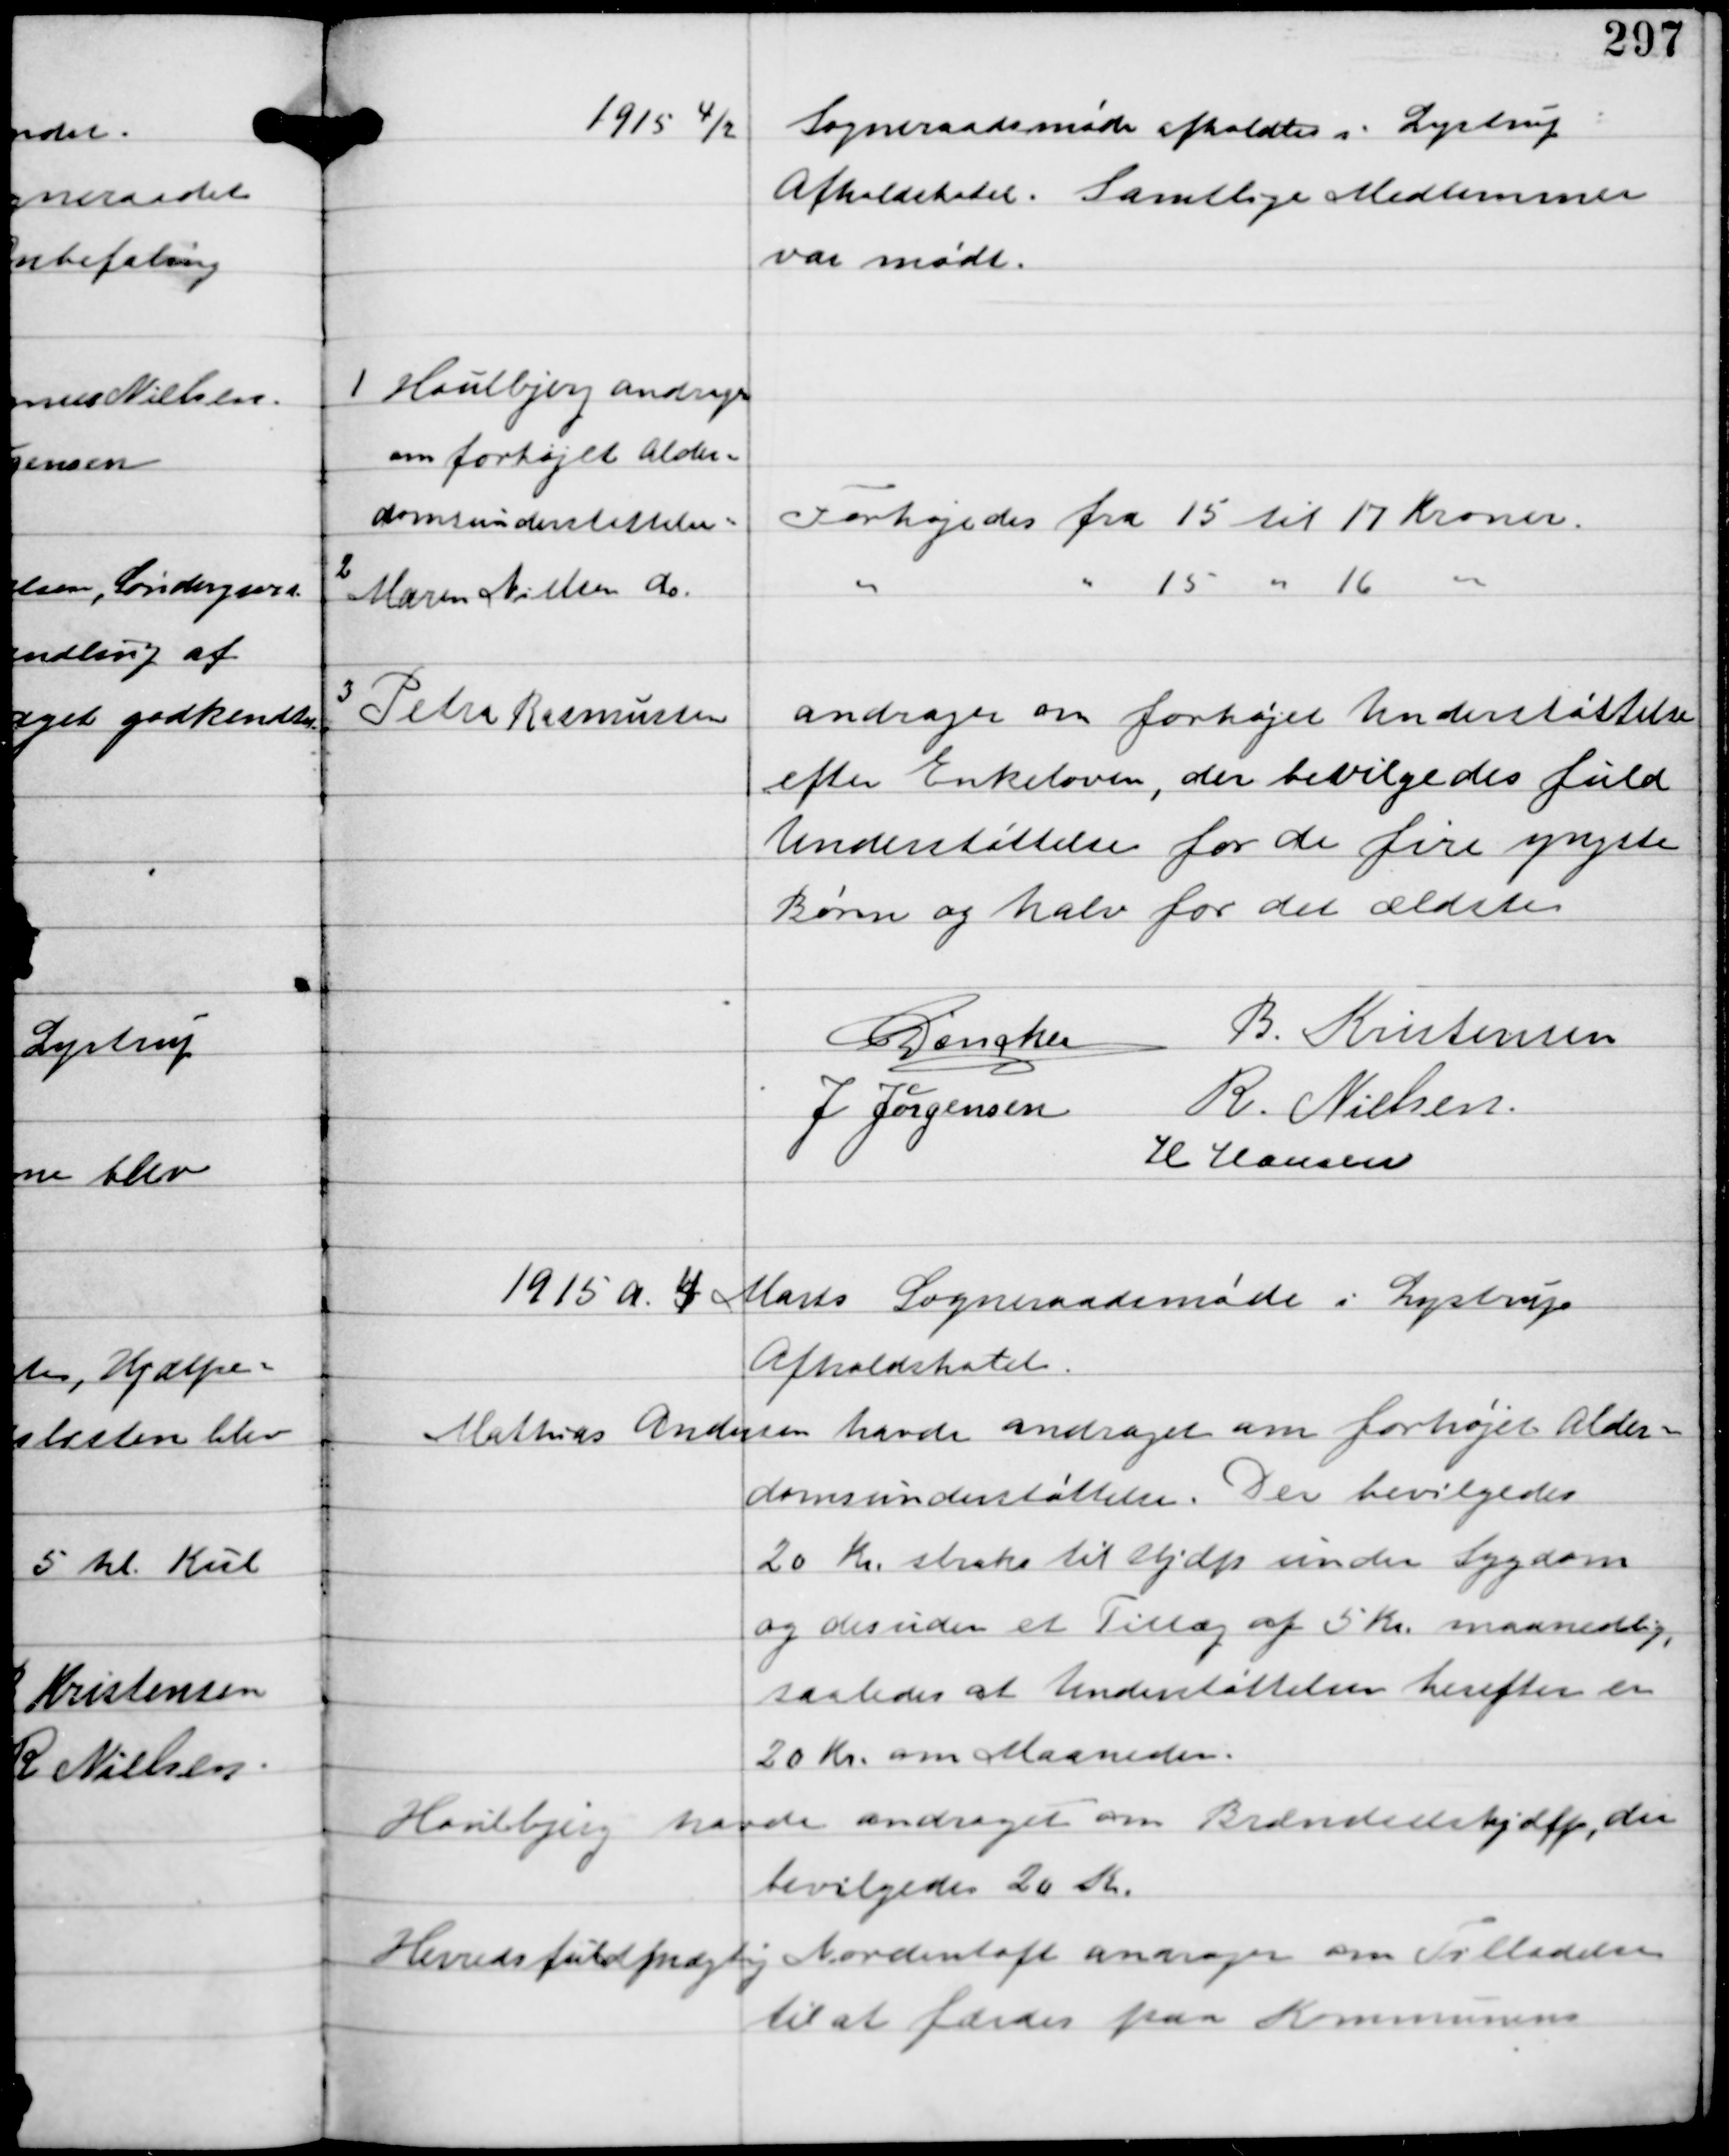
Transskription:
1915 4/2
Sogneraadsmøde afholdtes i Lystrup
Afholdshotel. Samtlige Medlemmer
var mødt.

1
Houlbjerg andrager
om forhøjet Alder-
domsunderstøttelse

Forhøjedes fra 15 til 17 Kroner.

2
Maren Nielsen do

" " 15 " 16 "

3
Petra Rasmussen

andrager om forhøjet Understøttelse
efter Enkeloven, der bevilgedes fuld
Understøttelse for de fire yngste
Børn og halv for det ældste.

C Dencker
B. Kristensen
J Jørgensen R. Nielsen
H Hansen

1915 d. 4 Marts Sogneraadsmøde i Lystrup
Afholdshotel

Mathias Andersen havde andraget om forhøjet Alder-
domsunderstøttelse. Der bevilgedes
20 Kr straks til Hjælp under Sygdom
og desuden et Tillæg af 5 Kr maanedlig,
saaledes at Understøttelsen herefter er
20 Kr om Maaneden.

Houlbjerg havde andraget om Brændselshjælp, der
bevilgedes 20 Kr

Herredsfuldmægtig Nordentoft andrager om Tilladelse
til at færdes paa Kommunens